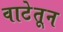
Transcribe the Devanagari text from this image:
वाटेतून